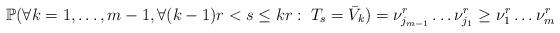
\begin{align*} \mathbb P ( \forall k=1,\ldots,m-1, \forall (k-1)r<s\leq kr:\; T_s = \bar V_k) = \nu_{j_{m-1}}^r\ldots \nu^r_{j_1} \geq \nu_1^r\ldots \nu_m^r\end{align*}